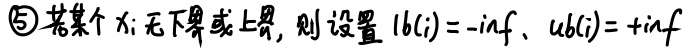
\textcircled{5} 若某个 $x_i$ 无下界或上界，则设置 $lb(i)=-\infty$、$ub(i)=+\infty$